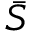
\bar { S }